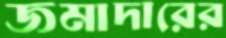
জমাদারের